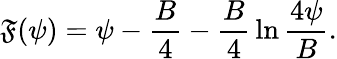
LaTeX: \mathfrak{F}(\psi)=\psi-{\frac{{B}}{{4}}}-{\frac{{B}}{{4}}}\ln{\frac{{4\psi}}{{B}}}.